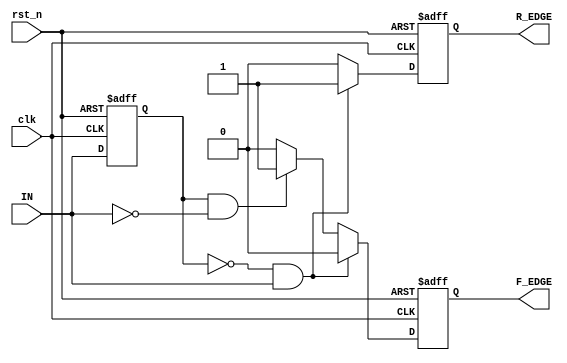
module SchmittTriggerEdgeDetector (
    input wire clk,          // Clock signal
    input wire rst_n,       // Active low reset
    input wire IN,          // Input signal
    output reg R_EDGE,      // Rising edge output
    output reg F_EDGE       // Falling edge output
);

    // Parameters for hysteresis thresholds
    parameter LOW_THRESHOLD = 1'b0;  // Low threshold for Schmitt Trigger
    parameter HIGH_THRESHOLD = 1'b1; // High threshold for Schmitt Trigger

    // Memory element to store the previous state of the input signal
    reg prev_state;

    // Edge detection logic
    always @(posedge clk or negedge rst_n) begin
        if (!rst_n) begin
            // Reset condition
            prev_state <= LOW_THRESHOLD;
            R_EDGE <= 1'b0;
            F_EDGE <= 1'b0;
        end else begin
            // Default outputs
            R_EDGE <= 1'b0;
            F_EDGE <= 1'b0;

            // Schmitt Trigger logic with hysteresis
            if (prev_state == LOW_THRESHOLD && IN == HIGH_THRESHOLD) begin
                // Rising edge detected
                R_EDGE <= 1'b1;
            end else if (prev_state == HIGH_THRESHOLD && IN == LOW_THRESHOLD) begin
                // Falling edge detected
                F_EDGE <= 1'b1;
            end

            // Update the previous state
            prev_state <= IN;
        end
    end

endmodule